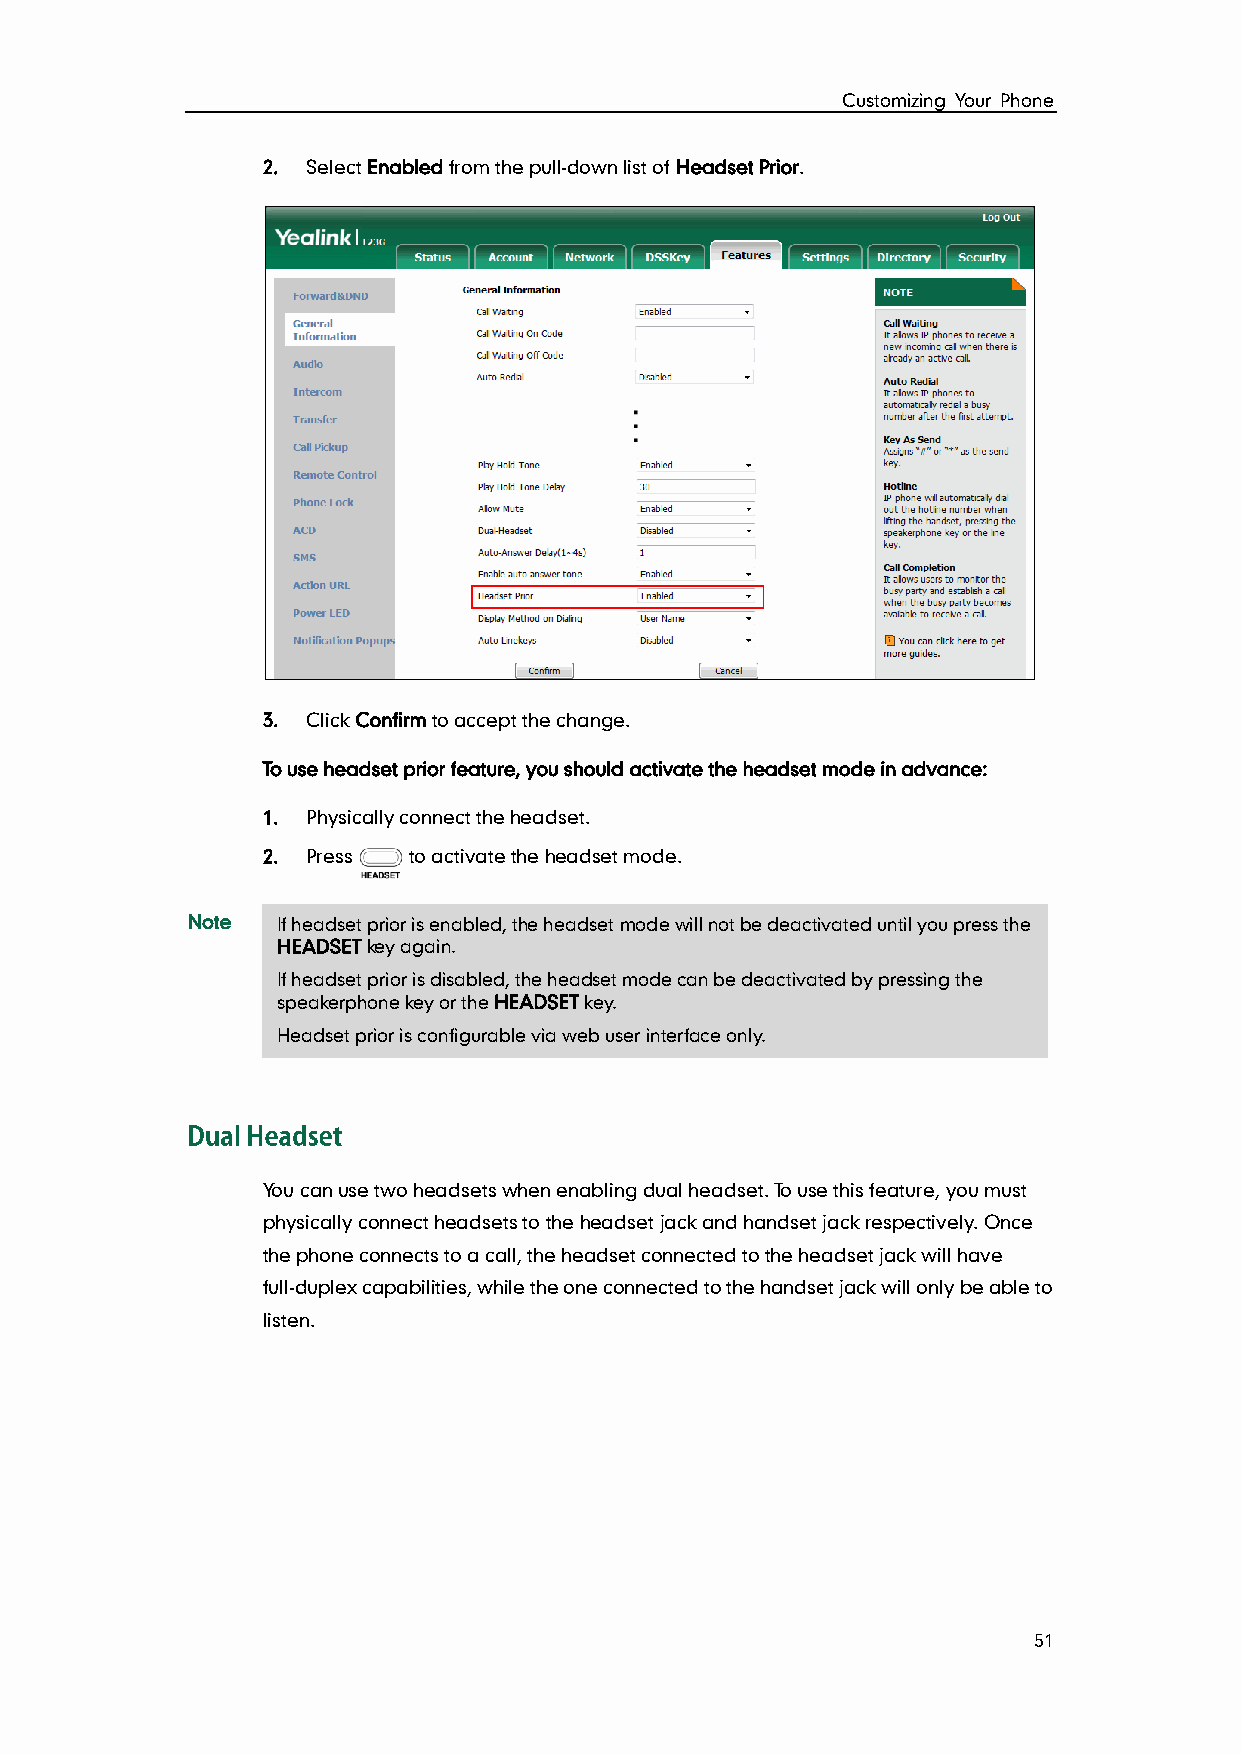
Customizing Your Phone
 2. Select Enabled from the pull-down list of Headset Prior.
 3. Click Confirm to accept the change.
 To use headset prior feature, you should activate the headset mode in advance:
 1. Physically connect the headset.
 2. Press  to activate the headset mode.
 Note  If headset prior is enabled, the headset mode will not be deactivated until you press the
 HEADSET key again.
 If headset prior is disabled, the headset mode can be deactivated by pressing the
 speakerphone key or the HEADSET key.
 Headset prior is configurable via web user interface only.
 You can use two headsets when enabling dual headset. To use this feature, you must
 physically connect headsets to the headset jack and handset jack respectively. Once
 the phone connects to a call, the headset connected to the headset jack will have
 full-duplex capabilities, while the one connected to the handset jack will only be able to
 listen.
 51